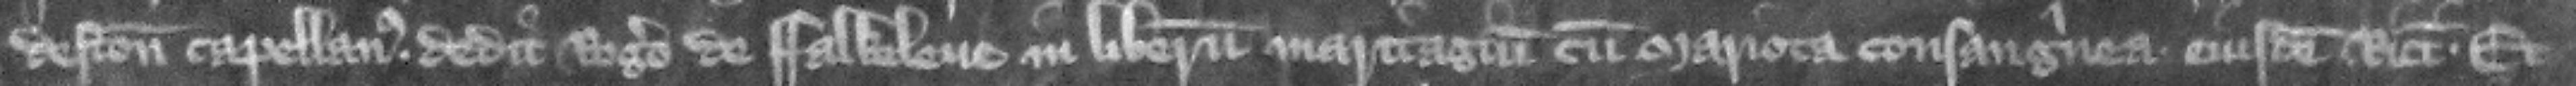
deston capellanus dedit Rogero de Falkeleue in liberum maritagium cum Mariota consanguinea eiusdem Ricardi et